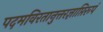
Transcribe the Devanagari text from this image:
पदमविरतानुत्तरज्ञाप्तिरूपं